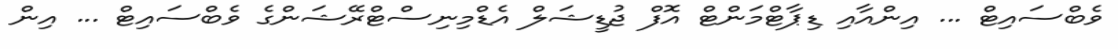
ވެބްސައިޓް ... އިންއާއި ޑިޕާޓްމަންޓް އޮފް ޖުޑީޝަލް އެޑްމިނިސްޓްރޭޝަންގެ ވެބްސައިޓް ... އިން